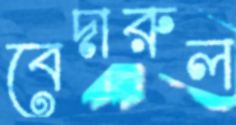
বেদারুল